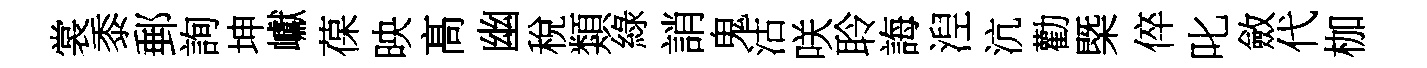
裳黍郵詢坤巘葆映髙幽稅類綠誚鬼沽咲聆誨湼沆勸㮣倅叱斂代枷